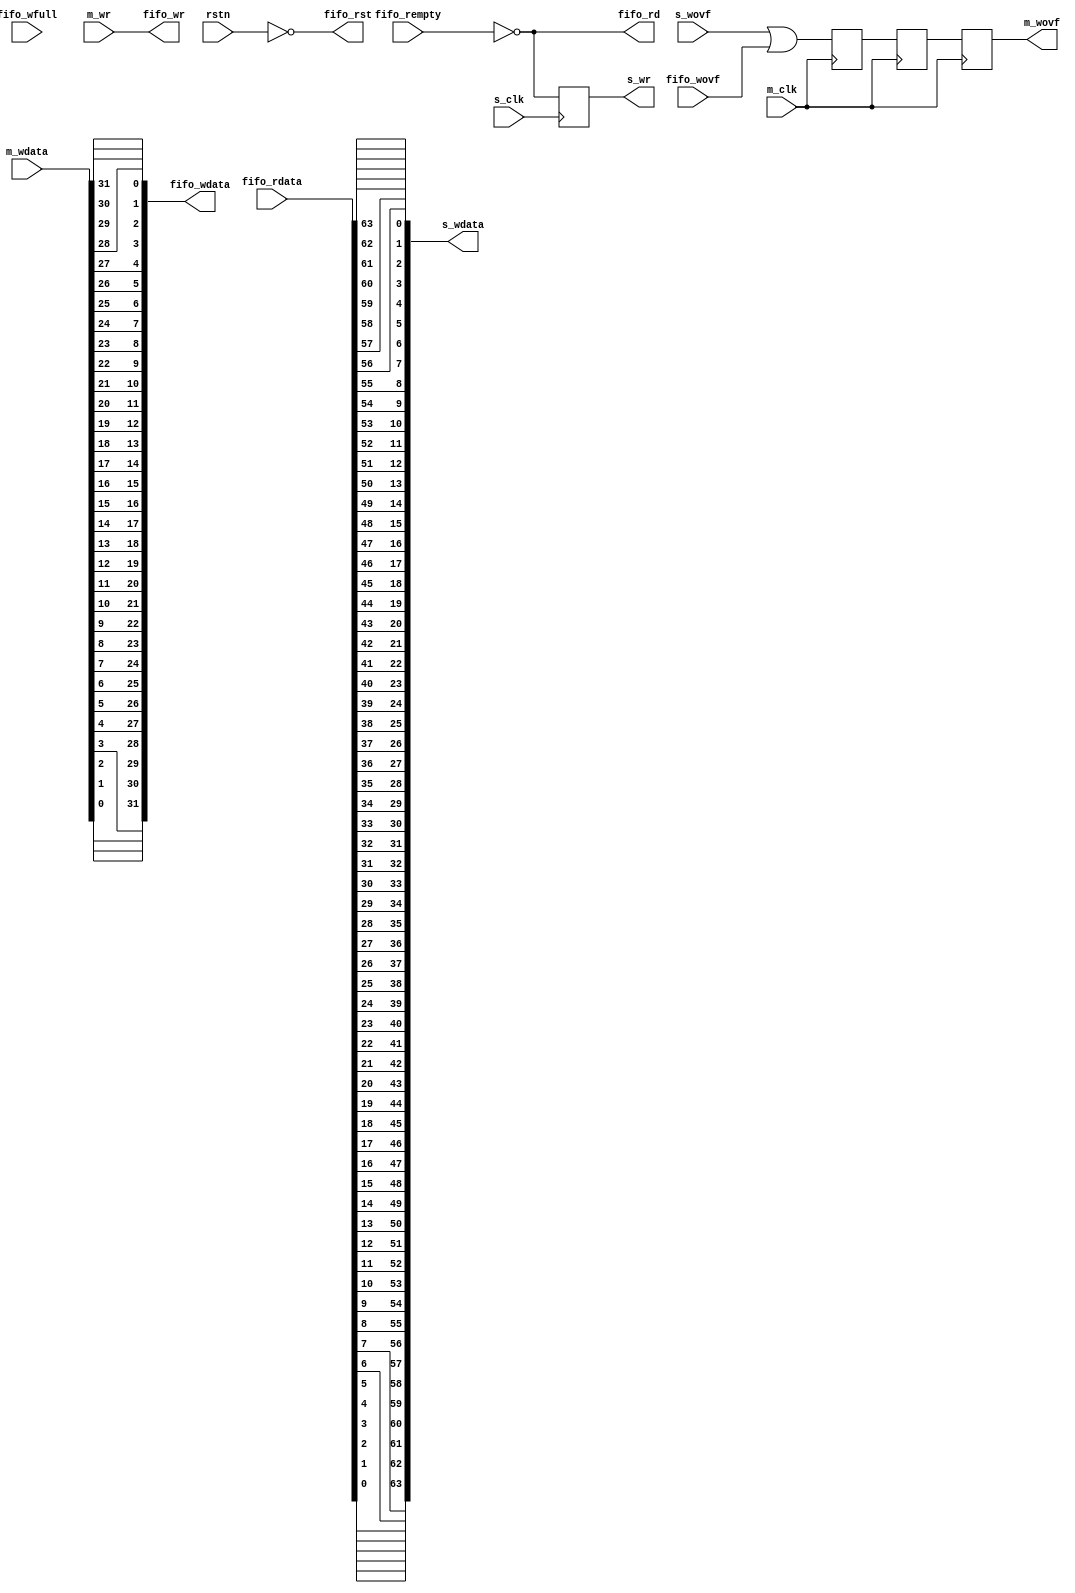
// ***************************************************************************
// ***************************************************************************
// Copyright 2011(c) Analog Devices, Inc.
// 
// All rights reserved.
// 
// Redistribution and use in source and binary forms, with or without modification,
// are permitted provided that the following conditions are met:
//     - Redistributions of source code must retain the above copyright
//       notice, this list of conditions and the following disclaimer.
//     - Redistributions in binary form must reproduce the above copyright
//       notice, this list of conditions and the following disclaimer in
//       the documentation and/or other materials provided with the
//       distribution.
//     - Neither the name of Analog Devices, Inc. nor the names of its
//       contributors may be used to endorse or promote products derived
//       from this software without specific prior written permission.
//     - The use of this software may or may not infringe the patent rights
//       of one or more patent holders.  This license does not release you
//       from the requirement that you obtain separate licenses from these
//       patent holders to use this software.
//     - Use of the software either in source or binary form, must be run
//       on or directly connected to an Analog Devices Inc. component.
//    
// THIS SOFTWARE IS PROVIDED BY ANALOG DEVICES "AS IS" AND ANY EXPRESS OR IMPLIED WARRANTIES,
// INCLUDING, BUT NOT LIMITED TO, NON-INFRINGEMENT, MERCHANTABILITY AND FITNESS FOR A
// PARTICULAR PURPOSE ARE DISCLAIMED.
//
// IN NO EVENT SHALL ANALOG DEVICES BE LIABLE FOR ANY DIRECT, INDIRECT, INCIDENTAL, SPECIAL,
// EXEMPLARY, OR CONSEQUENTIAL DAMAGES (INCLUDING, BUT NOT LIMITED TO, INTELLECTUAL PROPERTY
// RIGHTS, PROCUREMENT OF SUBSTITUTE GOODS OR SERVICES; LOSS OF USE, DATA, OR PROFITS; OR 
// BUSINESS INTERRUPTION) HOWEVER CAUSED AND ON ANY THEORY OF LIABILITY, WHETHER IN CONTRACT,
// STRICT LIABILITY, OR TORT (INCLUDING NEGLIGENCE OR OTHERWISE) ARISING IN ANY WAY OUT OF 
// THE USE OF THIS SOFTWARE, EVEN IF ADVISED OF THE POSSIBILITY OF SUCH DAMAGE.
// ***************************************************************************
// ***************************************************************************
// ***************************************************************************
// ***************************************************************************

`timescale 1ns/100ps

module util_wfifo (

  rstn,

  m_clk,
  m_wr,
  m_wdata,
  m_wovf,
  s_clk,
  s_wr,
  s_wdata,
  s_wovf,

  fifo_rst,
  fifo_wr,
  fifo_wdata,
  fifo_wfull,
  fifo_wovf,
  fifo_rd,
  fifo_rdata,
  fifo_rempty);

  // parameters (read (S) bus width must be greater than write (M))

  parameter M_DATA_WIDTH = 32;
  parameter S_DATA_WIDTH = 64;
 
  // common clock

  input                           rstn;

  // master/slave write 

  input                           m_clk;
  input                           m_wr;
  input   [M_DATA_WIDTH-1:0]      m_wdata;
  output                          m_wovf;
  input                           s_clk;
  output                          s_wr;
  output  [S_DATA_WIDTH-1:0]      s_wdata;
  input                           s_wovf;

  // fifo interface

  output                          fifo_rst;
  output                          fifo_wr;
  output  [M_DATA_WIDTH-1:0]      fifo_wdata;
  input                           fifo_wfull;
  input                           fifo_wovf;
  output                          fifo_rd;
  input   [S_DATA_WIDTH-1:0]      fifo_rdata;
  input                           fifo_rempty;

  // internal registers

  reg                             m_wovf_m1 = 'd0;
  reg                             m_wovf_m2 = 'd0;
  reg                             m_wovf = 'd0;
  reg                             s_wr = 'd0;

  // internal signals

  wire                            m_wovf_s;

  // defaults

  assign fifo_rst = ~rstn;

  // write is pass through

  assign fifo_wr = m_wr;
  assign m_wovf_s = s_wovf | fifo_wovf;

  genvar m;
  generate
  for (m = 0; m < M_DATA_WIDTH; m = m + 1) begin: g_wdata
  assign fifo_wdata[m] = m_wdata[(M_DATA_WIDTH-1)-m];
  end
  endgenerate

  always @(posedge m_clk) begin
    m_wovf_m1 <= m_wovf_s;
    m_wovf_m2 <= m_wovf_m1;
    m_wovf <= m_wovf_m2;
  end

  // read is non-destructive

  assign fifo_rd = ~fifo_rempty;

  always @(posedge s_clk) begin
    s_wr <= fifo_rd;
  end
  
  genvar s;
  generate
  for (s = 0; s < S_DATA_WIDTH; s = s + 1) begin: g_rdata
  assign s_wdata[s] = fifo_rdata[(S_DATA_WIDTH-1)-s];
  end
  endgenerate

endmodule

// ***************************************************************************
// ***************************************************************************